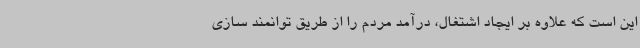
این است که علاوه بر ایجاد اشتغال، درآمد مردم را از طریق توانمند سازی